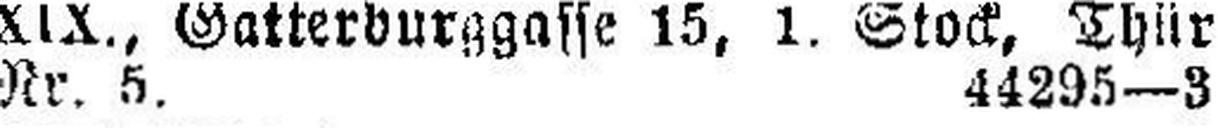
Nr. 5. 44295—3